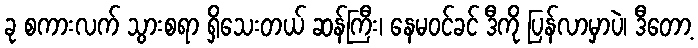
ခု စကားလက် သွားစရာ ရှိသေးတယ် ဆန်ကြီး၊ နေမဝင်ခင် ဒီကို ပြန်လာမှာပဲ၊ ဒီတော့